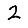
Digit: 2